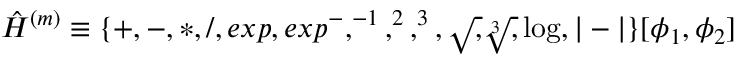
\begin{array} { r } { \hat { H } ^ { ( m ) } \equiv \{ + , - , * , / , e x p , e x p ^ { - } , ^ { - 1 } , ^ { 2 } , ^ { 3 } , \sqrt , \sqrt [ 3 ] , \log , | - | \} [ \phi _ { 1 } , \phi _ { 2 } ] } \end{array}